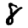
Digit: 8